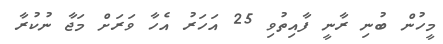
މީހުން ބުނި ރާނީ ފާއިތުވި 25 އަހަރު އެހާ ވަރަށް މަޖާ ނުކުރާ